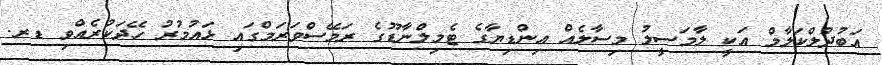
އަބުދުލްކަލާމް އަކީ ލާމަސީލު މިސާލެއް އިންޑިޔާގެ ޓެމިލްނާޑޫގެ ރަމޭސްވަރަމްގައި ޅައުމުރު ހޭދަކުރެއްވި ޑރ.